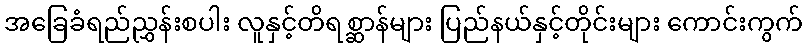
အခြေခံရည်ညွှန်းစပါး လူနှင့်တိရစ္ဆာန်များ ပြည်နယ်နှင့်တိုင်းများ ကောင်းကွက်